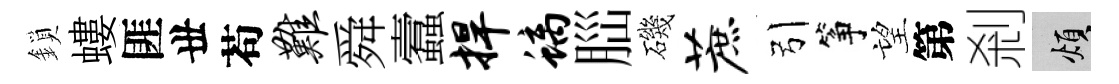
鎖螻匪丗苟难舜蠧捍螭𦛁磯蔗引筝望第剎煩